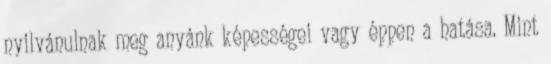
nyilvánulnak meg anyánk képességei vagy éppen a hatása. Mint